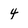
Character: 4